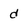
Character: d